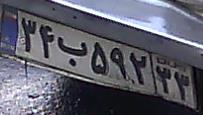
۳۴ب۵۹۲۳۳